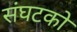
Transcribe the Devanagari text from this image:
संघटको